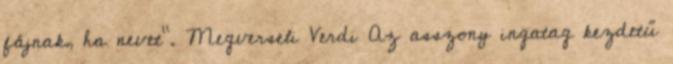
fájnak, ha nevet”. Megverseli Verdi Az asszony ingatag kezdetű